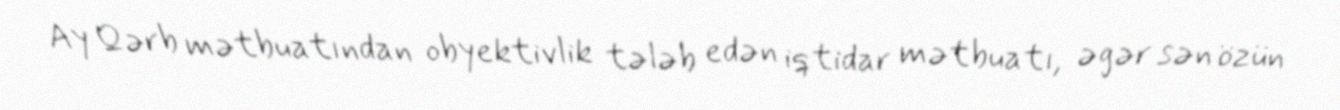
Ay Qərb mətbuatından obyektivlik tələb edən iqtidar mətbuatı, əgər sən özün